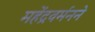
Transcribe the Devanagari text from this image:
महेंद्रवर्मनने